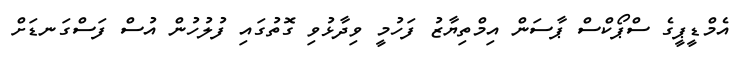
އެމްޑީޕީގެ ސްޕޯކްސް ޕާސަން އިމްތިޔާޒު ފަހުމީ ވިދާޅުވި ގޮތުގައި ފުލުހުން އުސް ފަސްގަނޑަށް